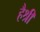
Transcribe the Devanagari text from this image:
हैश्री